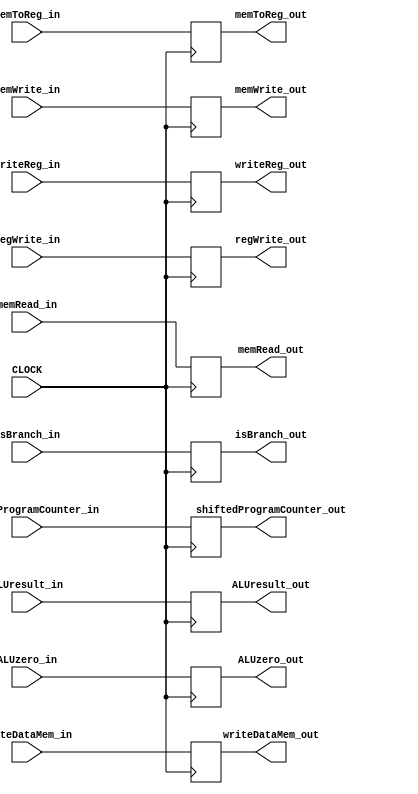
// This program was cloned from: https://github.com/ronitrex/ARMLEG
// License: GNU General Public License v3.0

`timescale 1ns / 1ps

module EXMEM
(
	input CLOCK,
	input isBranch_in, // M Stage
	input memRead_in, // M Stage
	input memWrite_in, // M Stage
	input regWrite_in, // WB Stage
	input memToReg_in, // WB Stage
	input [63:0] shiftedProgramCounter_in,
	input ALUzero_in,
	input [63:0] ALUresult_in,
	input [63:0] writeDataMem_in,
	input [4:0] writeReg_in,

	output reg isBranch_out, // M Stage
	output reg memRead_out, // M Stage
	output reg memWrite_out, // M Stage
	output reg regWrite_out, // WB Stage
	output reg memToReg_out, // WB Stage
	output reg [63:0] shiftedProgramCounter_out,
	output reg ALUzero_out,
	output reg [63:0] ALUresult_out,
	output reg [63:0] writeDataMem_out,
	output reg [4:0] writeReg_out
);

	always @(posedge CLOCK) begin
		/* Values for M */
		isBranch_out <= isBranch_in;

		memRead_out <= memRead_in;
		memWrite_out <= memWrite_in;

		/* Values for WB */
		regWrite_out <= regWrite_in;
		memToReg_out <= memToReg_in;

		/* Values for all Stages */
		shiftedProgramCounter_out <= shiftedProgramCounter_in;
		ALUzero_out <= ALUzero_in;
		ALUresult_out <= ALUresult_in;
		writeDataMem_out <= writeDataMem_in;
		writeReg_out <= writeReg_in;
	end
endmodule